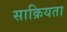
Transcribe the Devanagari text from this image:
साक्रियता